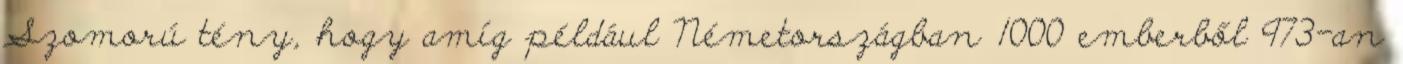
Szomorú tény, hogy amíg például Németországban 1000 emberből 973-an